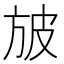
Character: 𣃣